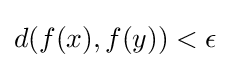
d(f(x),f(y))<\epsilon